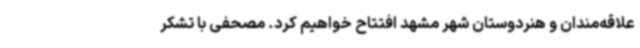
علاقه‌مندان و هنردوستان شهر مشهد افتتاح خواهیم کرد. مصحفی با تشکر